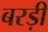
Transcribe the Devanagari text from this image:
बरड़ी